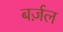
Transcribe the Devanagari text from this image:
बर्ज़ल